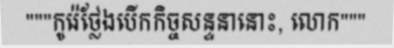
"""កូរ៉េថ្លែងបើកកិច្ចសន្ទនានោះ, លោក"""